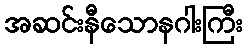
အဆင်းနီသောနဂါးကြီး